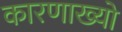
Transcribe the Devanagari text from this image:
कारणाख्यो